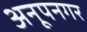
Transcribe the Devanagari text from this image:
अनूपनगर